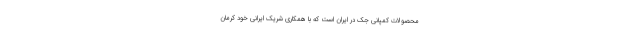
محصولات کمپانی جک در ایران است که با همکاری شریک ایرانی خود کرمان